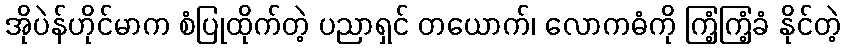
အိုပဲန်ဟိုင်မာက စံပြုထိုက်တဲ့ ပညာရှင် တယောက်၊ လောကဓံကို ကြံ့ကြံ့ခံ နိုင်တဲ့